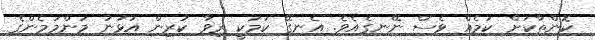
ކޮންތާކަށް ކަމެއް ވެސް ނޭނގެއެވެ. އެނގޭ ކަމަކީ ރިވާ ކުރިން އުޅުނު މަންމަމެންގެ